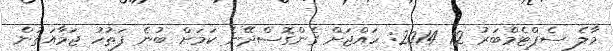
މާލެ ސެޕްޓެމްބަރު 12 2014: ހައްޖަށް ގެންގޮސްދޭނެ ކަމަށް ބުނެ ފަތުހު ޖަމާއަތުން